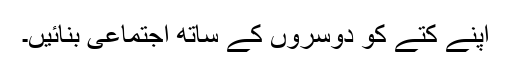
اپنے کتے کو دوسروں کے ساتھ اجتماعی بنائیں۔